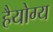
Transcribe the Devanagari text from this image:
हैयोग्य